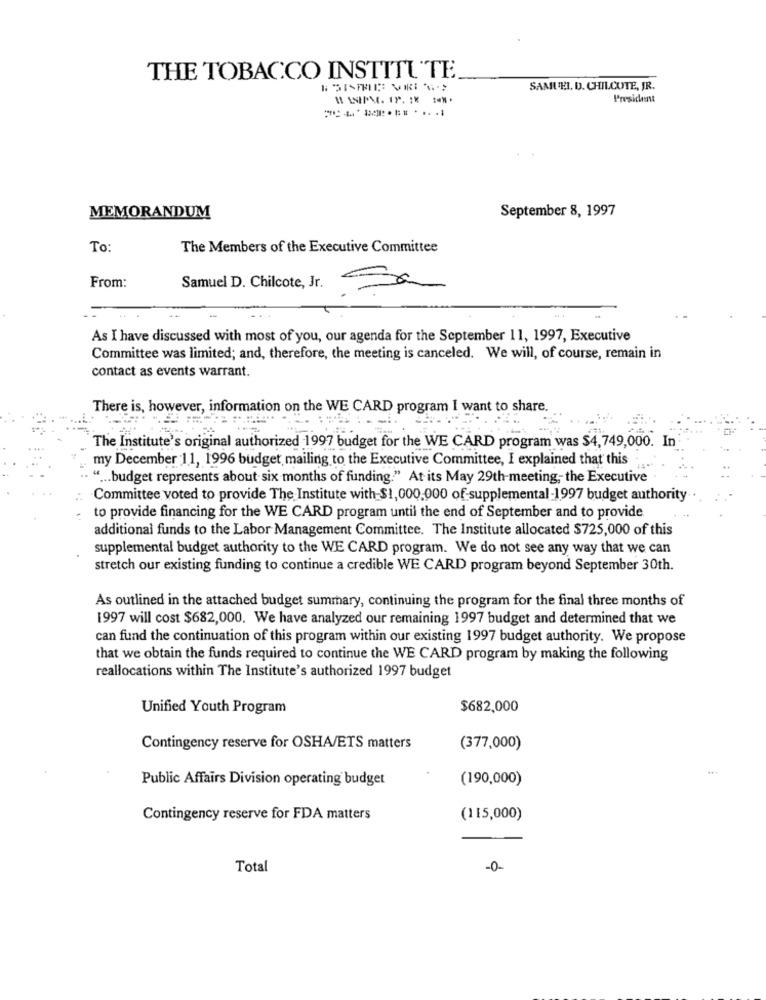
THE TOBACCO INSTITUTE
SAMUEL, D. CHILCUTE, JR.
President
---......
September 8, 1997
MEMORANDUM
To:
The Members of the Executive Committee
From:
Samuel D. Chilcote, Jr.
As I have discussed with most of you, our agenda for the September 11, 1997, Executive
Committee was limited; and, therefore, the meeting is canceled. We will, of course, remain in
contact as events warrant.
There is, however, information on the WE CARD program I want to share.
The Institute's original authorized 1997 budget for the WE CARD program was $4,749,000. In
my December 11, 1996 budget mailing to the Executive Committee, I explained that this
" ... budget represents about six months of funding." At its May 29th-meeting, the Executive
Committee voted to provide The Institute with-$1,000.000 of supplemental-1997 budget authority.
to provide financing for the WE CARD program until the end of September and to provide
additional funds to the Labor Management Committee. The Institute allocated $725,000 of this
supplemental budget authority to the WE CARD program. We do not see any way that we can
stretch our existing funding to continue a credible WE CARD program beyond September 30th.
As outlined in the attached budget summary, continuing the program for the final three months of
1997 will cost $682,000. We have analyzed our remaining 1997 budget and determined that we
can fund the continuation of this program within our existing 1997 budget authority. We propose
that we obtain the funds required to continue the WE CARD program by making the following
reallocations within The Institute's authorized 1997 budget
Unified Youth Program
$682,000
Contingency reserve for OSHA/ETS matters
(377,000)
Public Affairs Division operating budget
(190,000)
Contingency reserve for FDA matters
(115,000)
Total
-0-